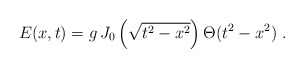
\begin{align*}E(x,t)=g\,J_0\left(\sqrt{t^2-x^2}\right)\Theta(t^2-x^2)\ .\end{align*}